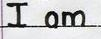
I am